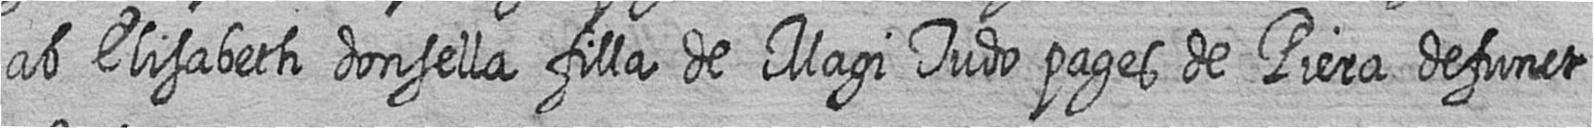
ab Elisabeth donsella filla de Magi Tudo pages de Piera defunct